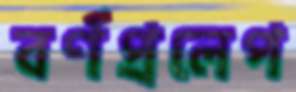
বর্ণপ্রলেপ